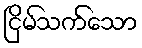
ငြိမ်သက်သော